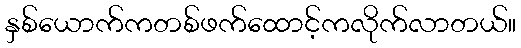
နှစ်ယောက်ကတစ်ဖက်ထောင့်ကလိုက်လာတယ်။